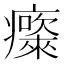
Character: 𱱮